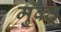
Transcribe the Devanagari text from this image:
मुक्त्